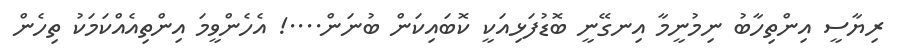
ރިޔާސީ އިންތިހާބު ނިމުނީމާ އިނގޭނީ ބޮޑުފަޅިއަކީ ކޮބައިކަން ބުނަން....! އެހެންވީމަ އިންތިއެއްކަމަކު ތިހެން